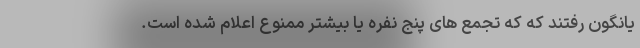
یانگون رفتند که که تجمع های پنج نفره یا بیشتر ممنوع اعلام شده است.